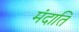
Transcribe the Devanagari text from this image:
मंदाति